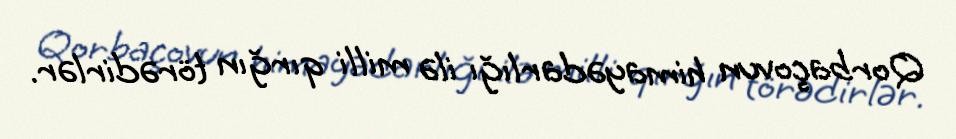
Qorbaçovun himayədarlığı ilə milli qırğın törədirlər.